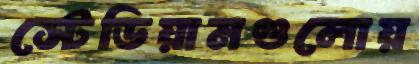
স্টেডিয়ামগুলোয়